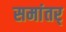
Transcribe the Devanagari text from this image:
समांतर्